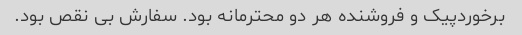
برخوردپیک و فروشنده هر دو محترمانه بود. سفارش بی نقص بود.